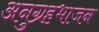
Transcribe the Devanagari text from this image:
अनुग्रहभाजन